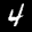
Label: 4